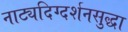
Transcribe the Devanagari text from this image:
नाट्यदिग्दर्शनसुद्धा